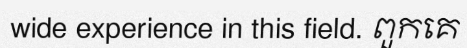
wide experience in this field. ពួកគេ